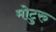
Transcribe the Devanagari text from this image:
मोटुरु